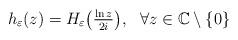
LaTeX: \begin{align*}h_{\varepsilon}(z)=H_{\varepsilon}\big(\tfrac{\ln{}z}{2i}\big), \ \ \forall{}z\in\mathbb{C}\setminus\{0\}\end{align*}